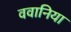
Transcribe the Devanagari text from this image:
ववानिया